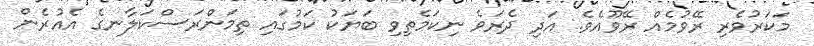
މަކަރުވެރި ރޭވުމެއް ރޭވޫއެވެ. އަދި ދެރަވެ ނިކަމެތިވި ބަޔަކު ކަމުގައި ތިމަންރަސްކަލާނގެ އެއުރެން